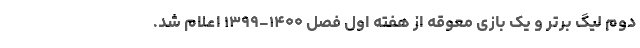
دوم لیگ برتر و یک بازی معوقه از هفته اول فصل ۱۴۰۰-۱۳۹۹ اعلام شد.